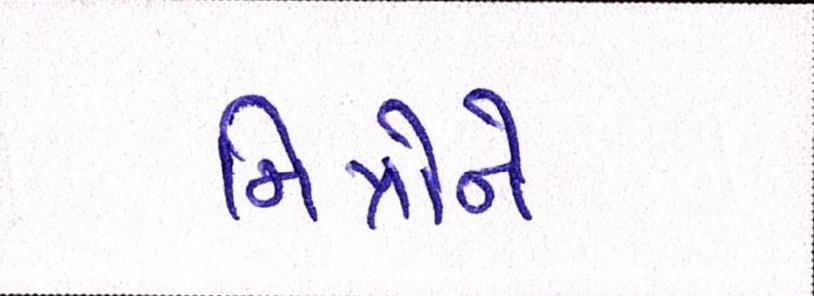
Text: મિત્રોને